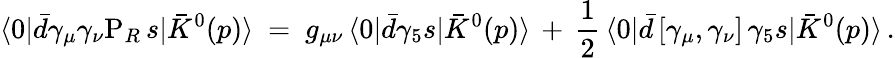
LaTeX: \langle 0|\bar{d}\gamma_{\mu}\gamma_{\nu}\mathrm{P}_{R}\, s|\bar{K}^{0}(p)\rangle\ =\ g_{\mu\nu}\, \langle 0|\bar{d}\gamma_{5}s|\bar{K}^{0}(p)\rangle\, +\, \frac{1}{2}\, \langle 0|\bar{d}\, [\gamma_{\mu},\gamma_{\nu}]\, \gamma_{5}s|\bar{K}^{0}(p)\rangle\, .